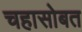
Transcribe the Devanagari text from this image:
चहासोबत